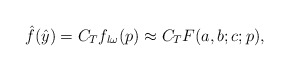
\begin{align*}\hat{f}(\hat{y}) = C_T f_{l \omega}(p) \approx C_T F(a,b;c;p),\end{align*}